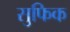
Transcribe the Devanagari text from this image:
सुफिक